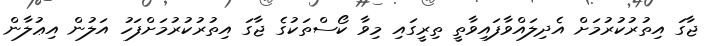
ޖާގަ އިތުރުކުރުމަށް އެދިލައްވާފައިވާތީ ތިރީގައި މިވާ ކޯސްތަކުގެ ޖާގަ އިތުރުކުރުމަށްފަހު އަލުން އިޢުލާން